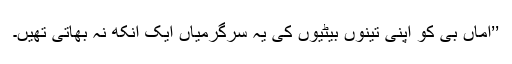
’’اماں بی کو اپنی تینوں بیٹیوں کی یہ سرگرمیاں ایک آنکھ نہ بھاتی تھیں۔